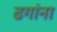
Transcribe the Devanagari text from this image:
ढगांना